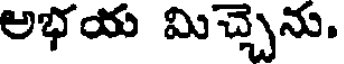
అభయ మిచ్చెను.